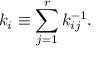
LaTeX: k _ { i } \equiv \sum _ { j = 1 } ^ { r } k _ { i j } ^ { - 1 } .